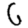
Digit: 6